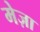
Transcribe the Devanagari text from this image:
मेज़ा